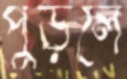
পুড়লে